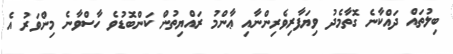
ބިލުތައް ދައްކާނެ ގޮތާމެދު ވިޔަފާރިވެރިންނާއި ޢާންމު ރައްޔިތުން ކަންބޮޑުވެ ހާސްވާނެ މިންވަރު އެ